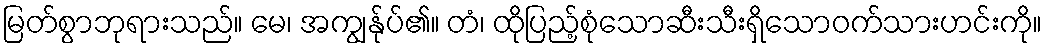
မြတ်စွာဘုရားသည်။ မေ၊ အကျွန်ုပ်၏။ တံ၊ ထိုပြည့်စုံသောဆီးသီးရှိသောဝက်သားဟင်းကို။